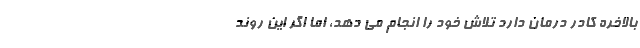
بالاخره کادر درمان دارد تلاش خود را انجام می دهد، اما اگر این روند